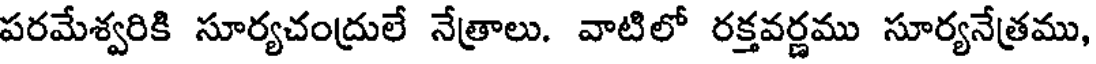
పరమేశ్వరికి సూర్యచంద్రులే నేత్రాలు. వాటిలో రక్తవర్ణము సూర్యనేత్రము,